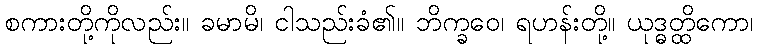
စကားတို့ကိုလည်း။ ခမာမိ၊ ငါသည်းခံ၏။ ဘိက္ခဝေ၊ ရဟန်းတို့။ ယုဒ္ဓတ္ထိကော၊